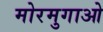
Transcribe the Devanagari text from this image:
मोरमुगाओ